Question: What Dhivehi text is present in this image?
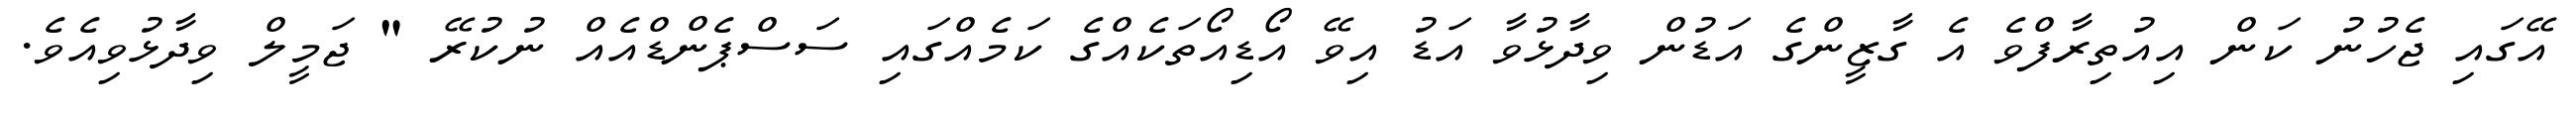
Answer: އޭގައި ޖެހުނު ކަން އިއުތިރާފްވެ އެ ގާޒީންގެ އަޑުން ވިދާޅުވާ އަޑު އިވޭ އޯޑިއޯތަކެއްގެ ކަމެއްގައި ސަސްޕެންޑްއެއް ނުކުރޭ " ޖަމީލް ވިދާޅުވިއެވެ.